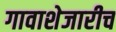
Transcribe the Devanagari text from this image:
गावाशेजारीच